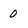
Character: 0